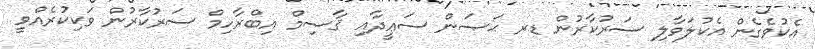
އެކުވެގެން އެކުލަވާލި ސަރުކާރުން ޑރ ޙަޞަން ސަޢީދާއި ޤާސިމް އިބްރާހިމް ސަރުކާރުން ވަކިކުރެއްވީ